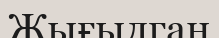
Жығылган